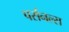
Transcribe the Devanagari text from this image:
पर्सनल्स